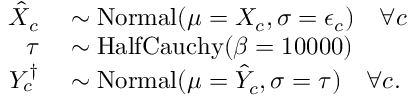
\begin{array} { r l } { \hat { X } _ { c } } & { { } \sim \mathrm { N o r m a l } ( \mu = X _ { c } , \sigma = \epsilon _ { c } ) \quad \forall c } \\ { \tau } & { { } \sim \mathrm { H a l f C a u c h y } ( \beta = 1 0 0 0 0 ) } \\ { Y _ { c } ^ { \dagger } } & { { } \sim \mathrm { N o r m a l } ( \mu = \hat { Y } _ { c } , \sigma = \tau ) \quad \forall c . } \end{array}